Civil Veterinary Department Bihar & Orissa reports 1911-21 - 1911-1921
Year: 1911
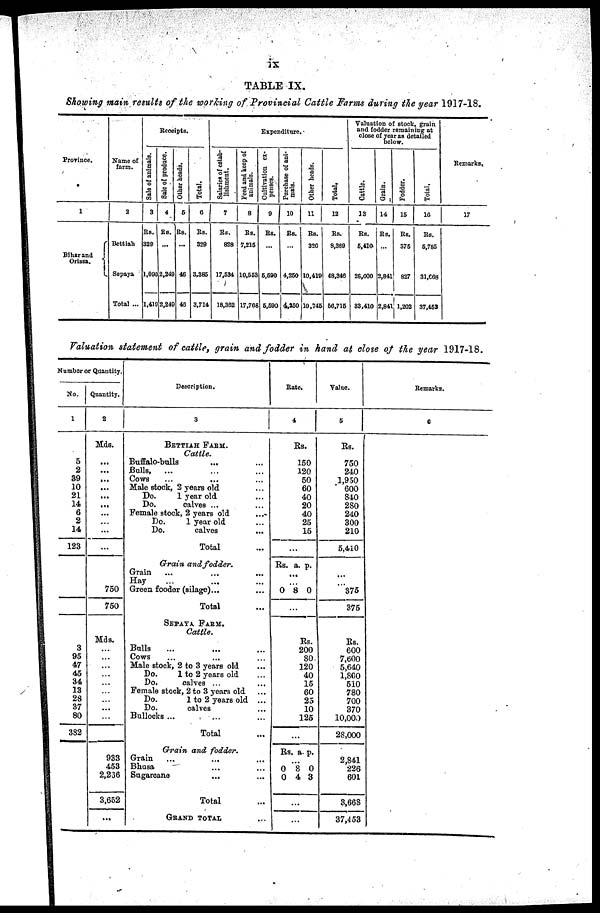
TABLE IX.
Showing main results of the working of Provincial Cattle Farms during the year 1917-18.
Province.
1
Biharand
Orissa.
Name of
farm.
2
Bettiah
Sepaya
Total ...
Receipts.
Sale of animals.
3
Rs.
329
1,090
1,411
Sale of produce.
4
Re.
...
2,249
2,249
Other heads.
5
Rs.
...
46
43
Total.
6
Rs.
329
3.385
3,714
Expenditure.
Salaries
of estab-
lishment.
7
Rs.
828
17,534
18,362
Feed and keep of
animals.
8
Rs.
7,215
10,553
17,708
Cultivation ex-
penses.
9
Rs.
...
6,690
5,593
Purchase of ani-
10
Rs.
...
4,250
4,250
Other heads.
11
Rs.
320
10,419
10,745
Total,
12
Rs.
8,369
48,340
66,716
Valuation of stock, grain
and fodder remaining at
close of year as detailed
below.
Cattle.
13
Rs.
5,410
26,000
33.410
Grain.
14
Rs.
...
2,841
2,84
Fodder.
15
Rs.
376
827
1,202
Total.
16
Rs.
6,765
31,668
37,453
Remarks.
17
Valuation statement of cattle, grain and fodder in hand at close of the year 1917-18.
Number or Quantity.
No.
1
5
2
39
10
2L
14
6
2
14
123
3
95
47
45
34
13
28
37
80
382
Quantity.
2
Mds.
...
...
...
...
...
...
...
...
...
...
750
750
Mds.
...
...
...
...
...
...
...
...
...
933
453
2,236
3,652
...
Description.
3
BETTIAH
FARM.
Cattle.
Buffalo-bulls ... ...
Bulls,
... ... ...
Cows ... ... ...
Male stock, 2 years old ...
Do.
1 year old ...
Do.
calves ...
Female stock, 2 years old
...
Do.
1 year old ...
Do.
calves ...
Total...
Grain
and
fodder.
Grain ... ... ...
Hay ... ... ...
Green fooder (silage)... ...
Total ...
SEPAYA
FARM.
Cattle.
Bulls... ... ...
Cows ... ... ...
Male stock, 2 to 3 years old...
Do.
1 to 2 years old ...
Do.
calves ...
Female stock, 2 to 3 years old ...
Do.
1 to 2 years old
...
Do.
calves ...
Bullocks ... ... ...
Total ...
Grain and
fodder.
Grain ... ... ...
Bhusa ... ...
Sugarcano ... ...
Total ...
GRAND TOTAL ...
Rate.
4
Rs.
150
120
50
60
40
20
40
25
15
...
Rs. a. p.
...
0
8
0
Rs.
200
80
120
40
15
60
25
10
125
...
Rs. a p.
...
0
8
0
0
4 3
...
...
Value.
5
Rs.
750
240
1,950
600
840
280
240
300
210
5,410
...
375
375
Rs.
600
7,600
5,640
1,860
510
780
700
370
10,000
28,000
2,841
226
601
3,668
37,453
Remarks.
6